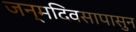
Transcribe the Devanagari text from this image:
जन्मदिवसापासुन